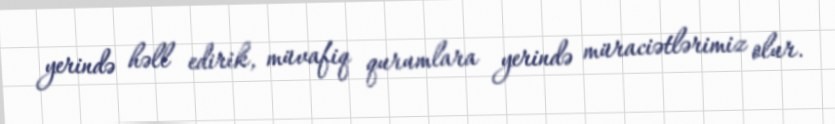
yerində həll edirik, müvafiq qurumlara yerində müraciətlərimiz olur.